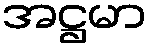
အဋ္ဌမာ